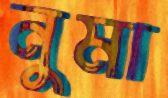
নুমা